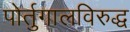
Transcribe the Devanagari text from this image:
पोर्तुगालविरुद्ध